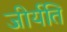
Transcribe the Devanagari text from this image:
जीर्यति